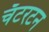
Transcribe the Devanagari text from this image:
चॅटरटन